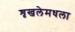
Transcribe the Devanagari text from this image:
शृखलेमधला